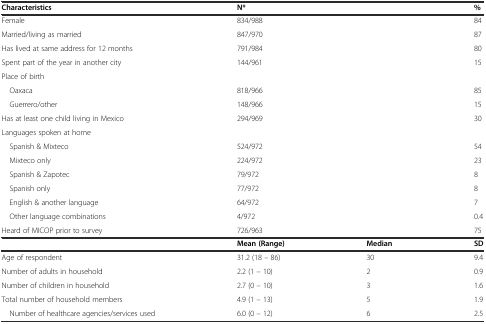
<table><thead><tr><td><b>Characteristics</b></td><td colspan="2"><b>N*</b></td><td><b>%</b></td></tr></thead><tbody><tr><td>Female</td><td colspan="2">834/988</td><td>84</td></tr><tr><td>Married/living as married</td><td colspan="2">847/970</td><td>87</td></tr><tr><td>Has lived at same address for 12 months</td><td colspan="2">791/984</td><td>80</td></tr><tr><td>Spent part of the year in another city</td><td colspan="2">144/961</td><td>15</td></tr><tr><td>Place of birth</td><td colspan="2"></td><td></td></tr><tr><td> Oaxaca</td><td colspan="2">818/966</td><td>85</td></tr><tr><td> Guerrero/other</td><td colspan="2">148/966</td><td>15</td></tr><tr><td>Has at least one child living in Mexico</td><td colspan="2">294/969</td><td>30</td></tr><tr><td>Languages spoken at home</td><td colspan="2"></td><td></td></tr><tr><td> Spanish &amp; Mixteco</td><td colspan="2">524/972</td><td>54</td></tr><tr><td> Mixteco only</td><td colspan="2">224/972</td><td>23</td></tr><tr><td> Spanish &amp; Zapotec</td><td colspan="2">79/972</td><td>8</td></tr><tr><td> Spanish only</td><td colspan="2">77/972</td><td>8</td></tr><tr><td> English &amp; another language</td><td colspan="2">64/972</td><td>7</td></tr><tr><td> Other language combinations</td><td colspan="2">4/972</td><td>0.4</td></tr><tr><td>Heard of MICOP prior to survey</td><td colspan="2">726/963</td><td>75</td></tr><tr><td></td><td><b>Mean (Range)</b></td><td><b>Median</b></td><td><b>SD</b></td></tr><tr><td>Age of respondent</td><td>31.2 (18 – 86)</td><td>30</td><td>9.4</td></tr><tr><td>Number of adults in household</td><td>2.2 (1 – 10)</td><td>2</td><td>0.9</td></tr><tr><td>Number of children in household</td><td>2.7 (0 – 10)</td><td>3</td><td>1.6</td></tr><tr><td>Total number of household members</td><td>4.9 (1 – 13)</td><td>5</td><td>1.9</td></tr><tr><td> Number of healthcare agencies/services used</td><td>6.0 (0 – 12)</td><td>6</td><td>2.5</td></tr></tbody></table>